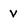
Character: V